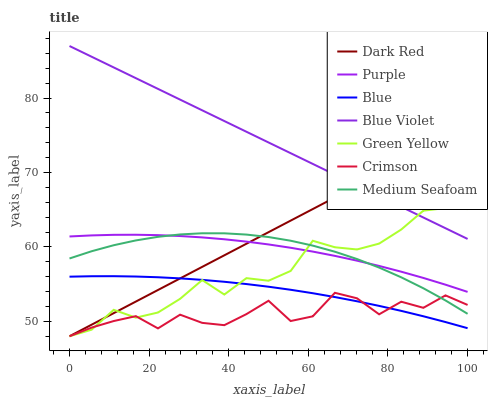
| xaxis_label | Dark Red | Purple | Blue | Blue Violet | Green Yellow | Crimson | Medium Seafoam |
 | --- | --- | --- | --- | --- | --- | --- | --- |
 | 0 | 48 | 61.4 | 56 | 87 | 48 | 48 | 58.5 |
 | 5.56 | 49.6 | 61.6 | 56.1 | 85.6 | 48.9 | 49.2 | 59.4 |
 | 11.1 | 51.1 | 61.6 | 56.1 | 84.1 | 51.5 | 50 | 60.2 |
 | 16.7 | 52.7 | 61.6 | 56 | 82.7 | 50.5 | 50.7 | 60.9 |
 | 22.2 | 54.2 | 61.6 | 55.9 | 81.2 | 51.2 | 49.1 | 61.4 |
 | 27.8 | 55.8 | 61.5 | 55.8 | 79.8 | 53 | 50.9 | 61.7 |
 | 33.3 | 57.3 | 61.3 | 55.6 | 78.4 | 55.6 | 49.8 | 61.8 |
 | 38.9 | 58.9 | 61 | 55.3 | 76.9 | 53.6 | 49.5 | 61.8 |
 | 44.4 | 60.4 | 60.7 | 55 | 75.5 | 55.8 | 51 | 61.7 |
 | 50 | 62 | 60.3 | 54.7 | 74 | 55.5 | 52.8 | 61.3 |
 | 55.6 | 63.5 | 59.9 | 54.2 | 72.6 | 56.8 | 50 | 60.8 |
 | 61.1 | 65.1 | 59.4 | 53.8 | 71.2 | 60.8 | 50.7 | 60.2 |
 | 66.7 | 66.6 | 58.8 | 53.3 | 69.7 | 60 | 53.8 | 59.4 |
 | 72.2 | 68.2 | 58.2 | 52.7 | 68.3 | 59.7 | 53.1 | 58.4 |
 | 77.8 | 69.8 | 57.4 | 52.1 | 66.8 | 60.4 | 50.9 | 57.2 |
 | 83.3 | 71.3 | 56.7 | 51.4 | 65.4 | 62.3 | 52.6 | 55.9 |
 | 88.9 | 72.9 | 55.8 | 50.7 | 64 | 64.9 | 51.8 | 54.4 |
 | 94.4 | 74.4 | 54.9 | 49.9 | 62.5 | 65.2 | 53.5 | 52.8 |
 | 100 | 76 | 54 | 49.1 | 61.1 | 65.1 | 52.2 | 51 |